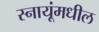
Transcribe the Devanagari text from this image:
स्नायूंमधील